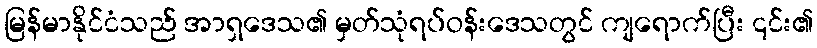
မြန်မာနိုင်ငံသည် အာရှဒေသ၏ မှတ်သုံရပ်ဝန်းဒေသတွင် ကျရောက်ပြီး ၎င်း၏